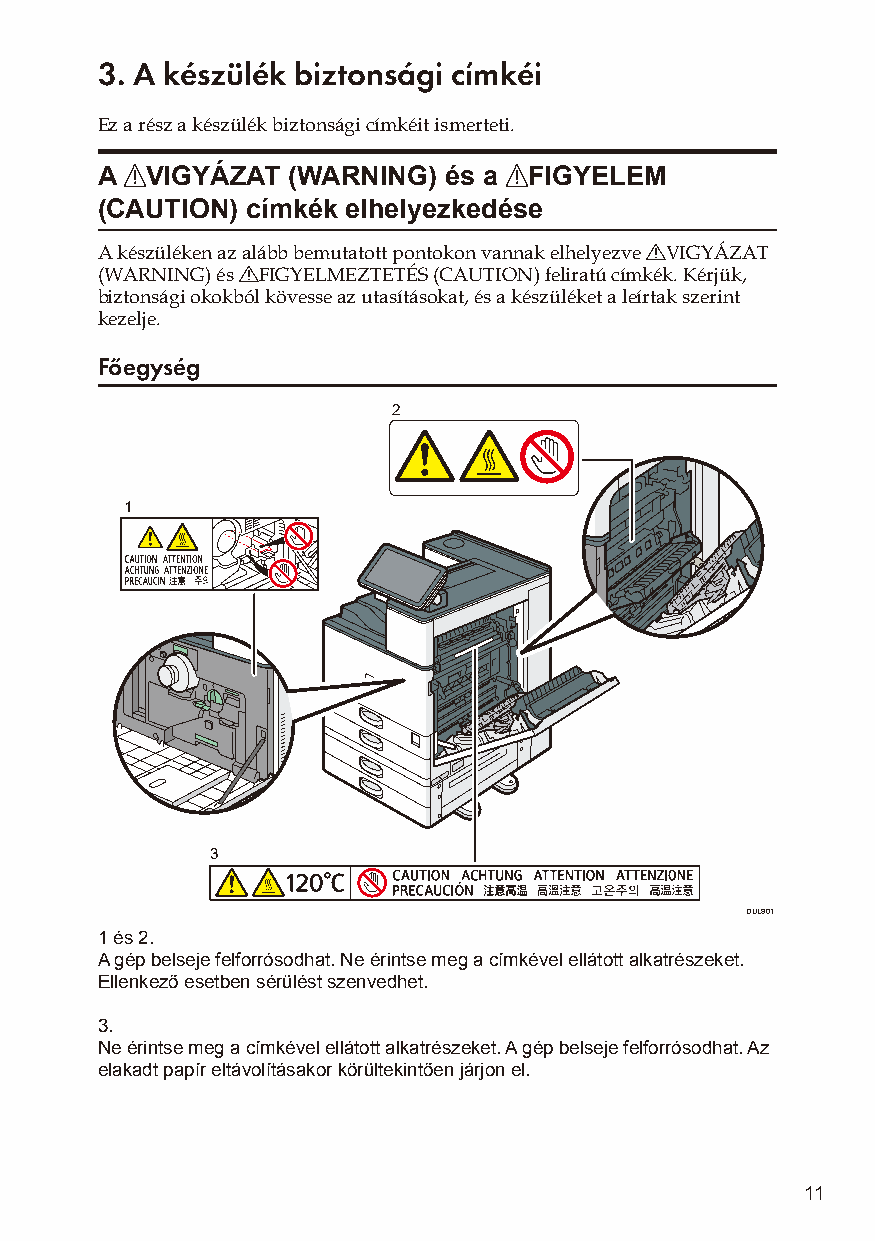
3. A készülék biztonsági címkéi
 Ez a rész a készülék biztonsági címkéit ismerteti.
 A RVIGYÁZAT  (WARNING) és a RFIGYELEM
 (CAUTION) címkék elhelyezkedése
 A készüléken az alább bemutatott pontokon vannak elhelyezve RVIGYÁZAT
 (WARNING) és RFIGYELMEZTETÉS (CAUTION) feliratú címkék. Kérjük,
 biztonsági okokból kövesse az utasításokat, és a készüléket a leírtak szerint
 kezelje.
 Főegység
 2
 1
 3
 DUL801
 1 és 2.
 A gép belseje felforrósodhat. Ne érintse meg a címkével ellátott alkatrészeket.
 Ellenkező esetben sérülést szenvedhet.
 3.
 Ne érintse meg a címkével ellátott alkatrészeket. A gép belseje felforrósodhat. Az
 elakadt papír eltávolításakor körültekintően járjon el.
 11